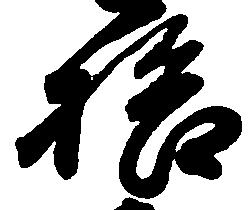
拾